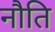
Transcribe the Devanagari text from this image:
नौति